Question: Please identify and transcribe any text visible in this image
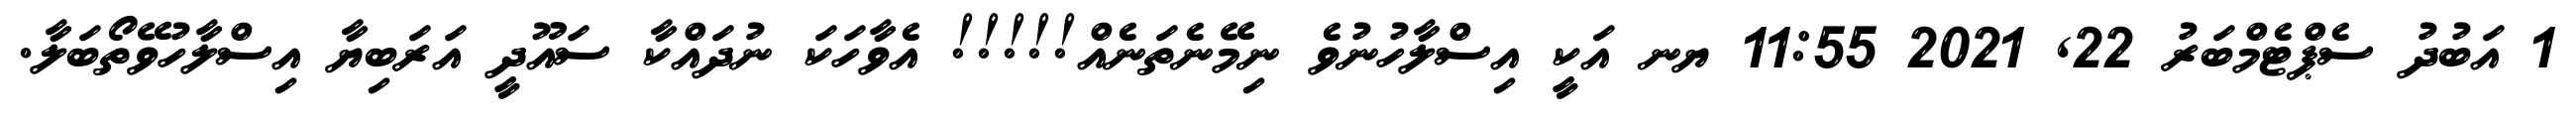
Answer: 1 އަބުދު ސެޕްޓެމްބަރު 22, 2021 11:55 ޔނ އަކީ އިސްލާހުނުވެ ނިމޭނެތަނެއް!!!!! އެވާހަކަ ނުދައްކާ ސައޫދީ އަރަބިޔާ އިސްލާހުވޭތޯބަލާ.